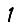
Digit: 1